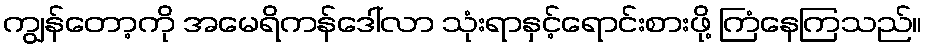
ကျွန်တော့ကို အမေရိကန်ဒေါ်လာ သုံးရာနှင့်ရောင်းစားဖို့ ကြံနေကြသည်။